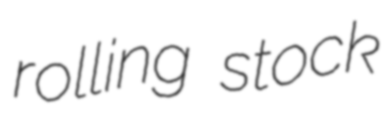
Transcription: rolling stock